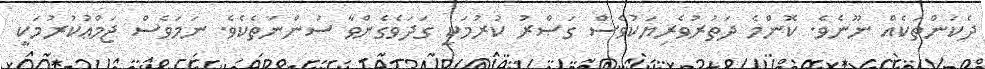
ދެކަންތަކެއް ނޫނެވެ. ކޮންމެ ދަތުރުވެރިޔަކުވެސް ގަޞްރު ކުރުމަކީ ގަދަވެގެންވާ ސުންނަތެކެވެ. ނަމަވެސް ޖަމްޢުކުރުމަކީ